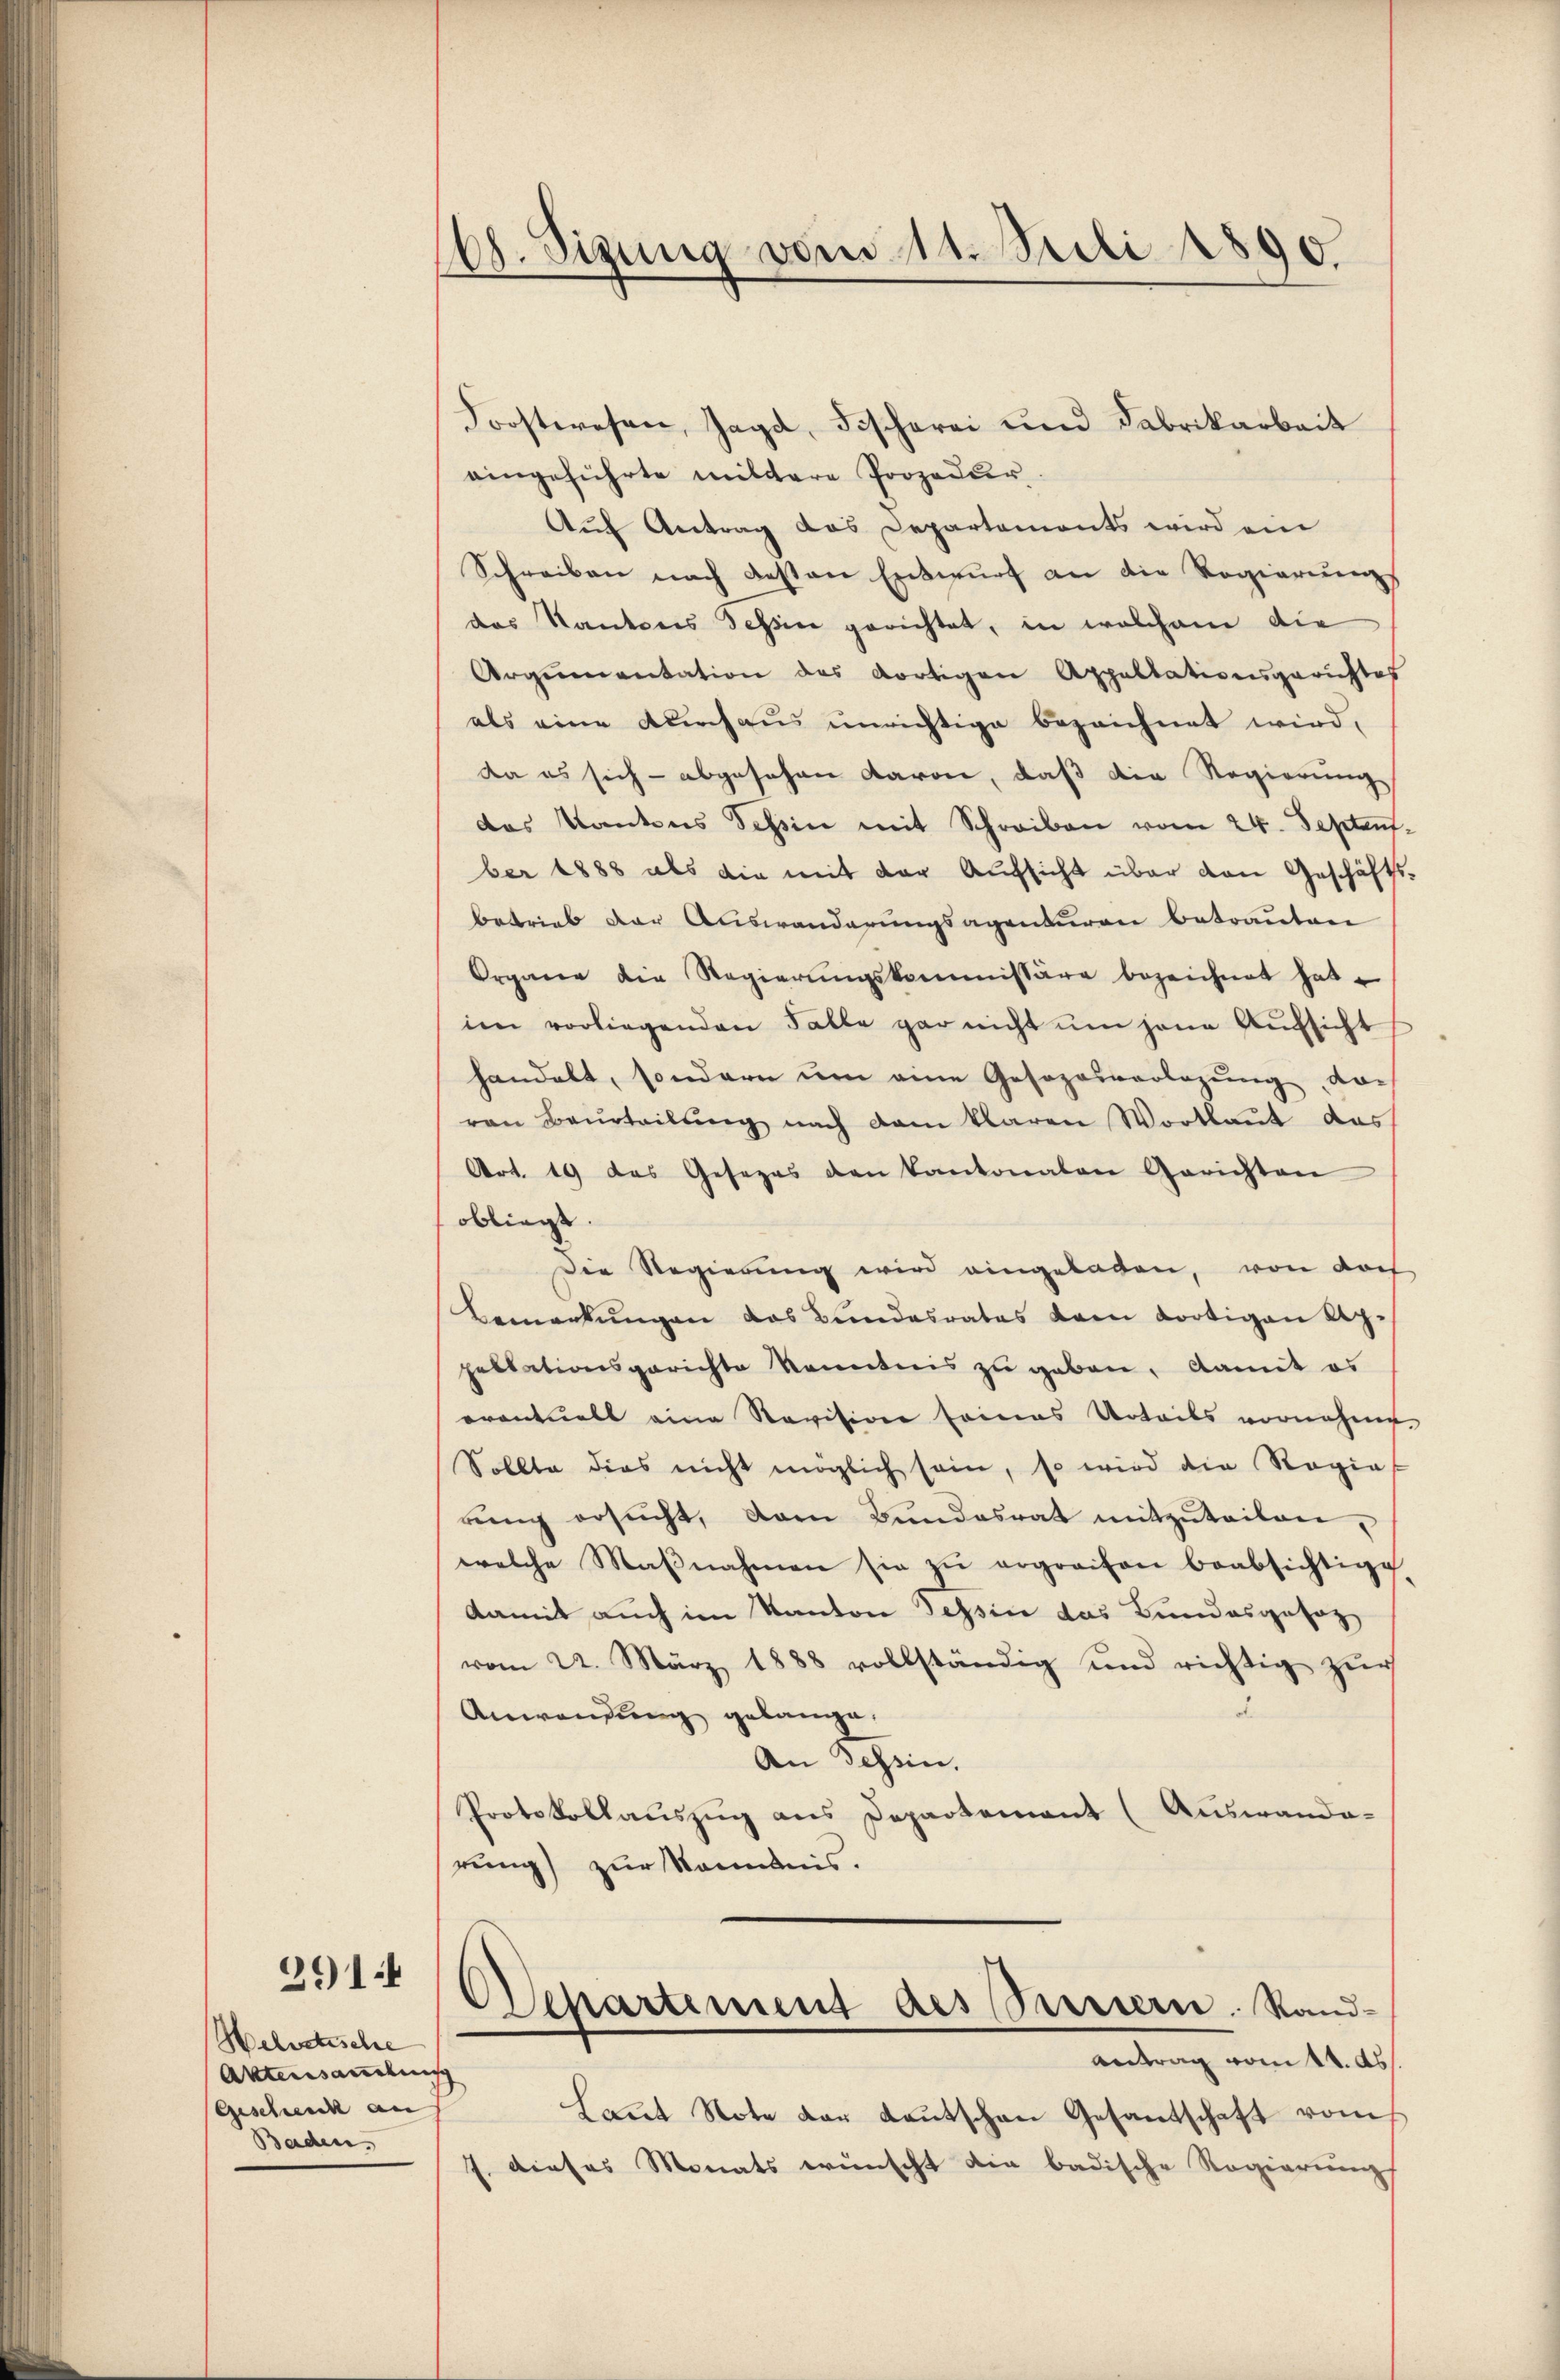
2914

Helvetische
Aktensamlung
Geschenck an
Baden.

168. Sizung vom 11. Juli 1890.

Forstwesen, Jagd, Fischerei und Fabrikarbeit
eingeführte mittere Prozedur.
Aŭf Antrag das Departements wird ein
Schreiben nach besten Entwurf an die Regierungs
das Kantons Tessin gerichtet, in welchem die
Argumentation des dortigen Appellationsgerichtes
als eine Durchaus unrichtige bezeichnet wird,
da es sich - abgesehen davon, daß die Regierung
das Kantons Tessin mit Schreiben vom 24. Septen
ber 1888 als die mit der Aufsicht über den Geschäfts
betrieb der Auswanderungsagenderen betrauten
Orgnere die Regierŭngskommissäre bezeichnet hat.
im vorliegenden Falle gar nicht ŭm jene Aufsicht
handelt, sondern ŭm eine Gesezesverlegung, da
von Beurteilŭng nach dem klaren Wortlaut das
Art. 19 das Gesezes den kantonalen Gerichten
obliegt.
Die Regierung wird eingeladen, von doch
Bemerkŭngen das Bundesrates dann dortigen Reg.
pellationsgerichte kenntnis zu geben, damit es
oventuell eine Revision seines Urteils vornehme
Sollte dies nicht möglich sein, so wird die Regie
rŭng ersŭcht, dann Bŭndesrat mitzŭteilen,
welche Massnahmen sie zu ergreifen beabsichtige
damit auch im Kanton Tessin das Bundesgesag
vom 22. März 1888 vollständig und richtig zŭr
Anwendung gelange.
An Schein.
Protokollauszug aus Departement (Auswando-
rung) zur Kenntnis.
Departement des Sinnern. Rand-
Antrag vom 14. ds.
Laŭt Note der Kautschen Gesantschaft vom
J. dieses Monats wünscht die badische Regierung